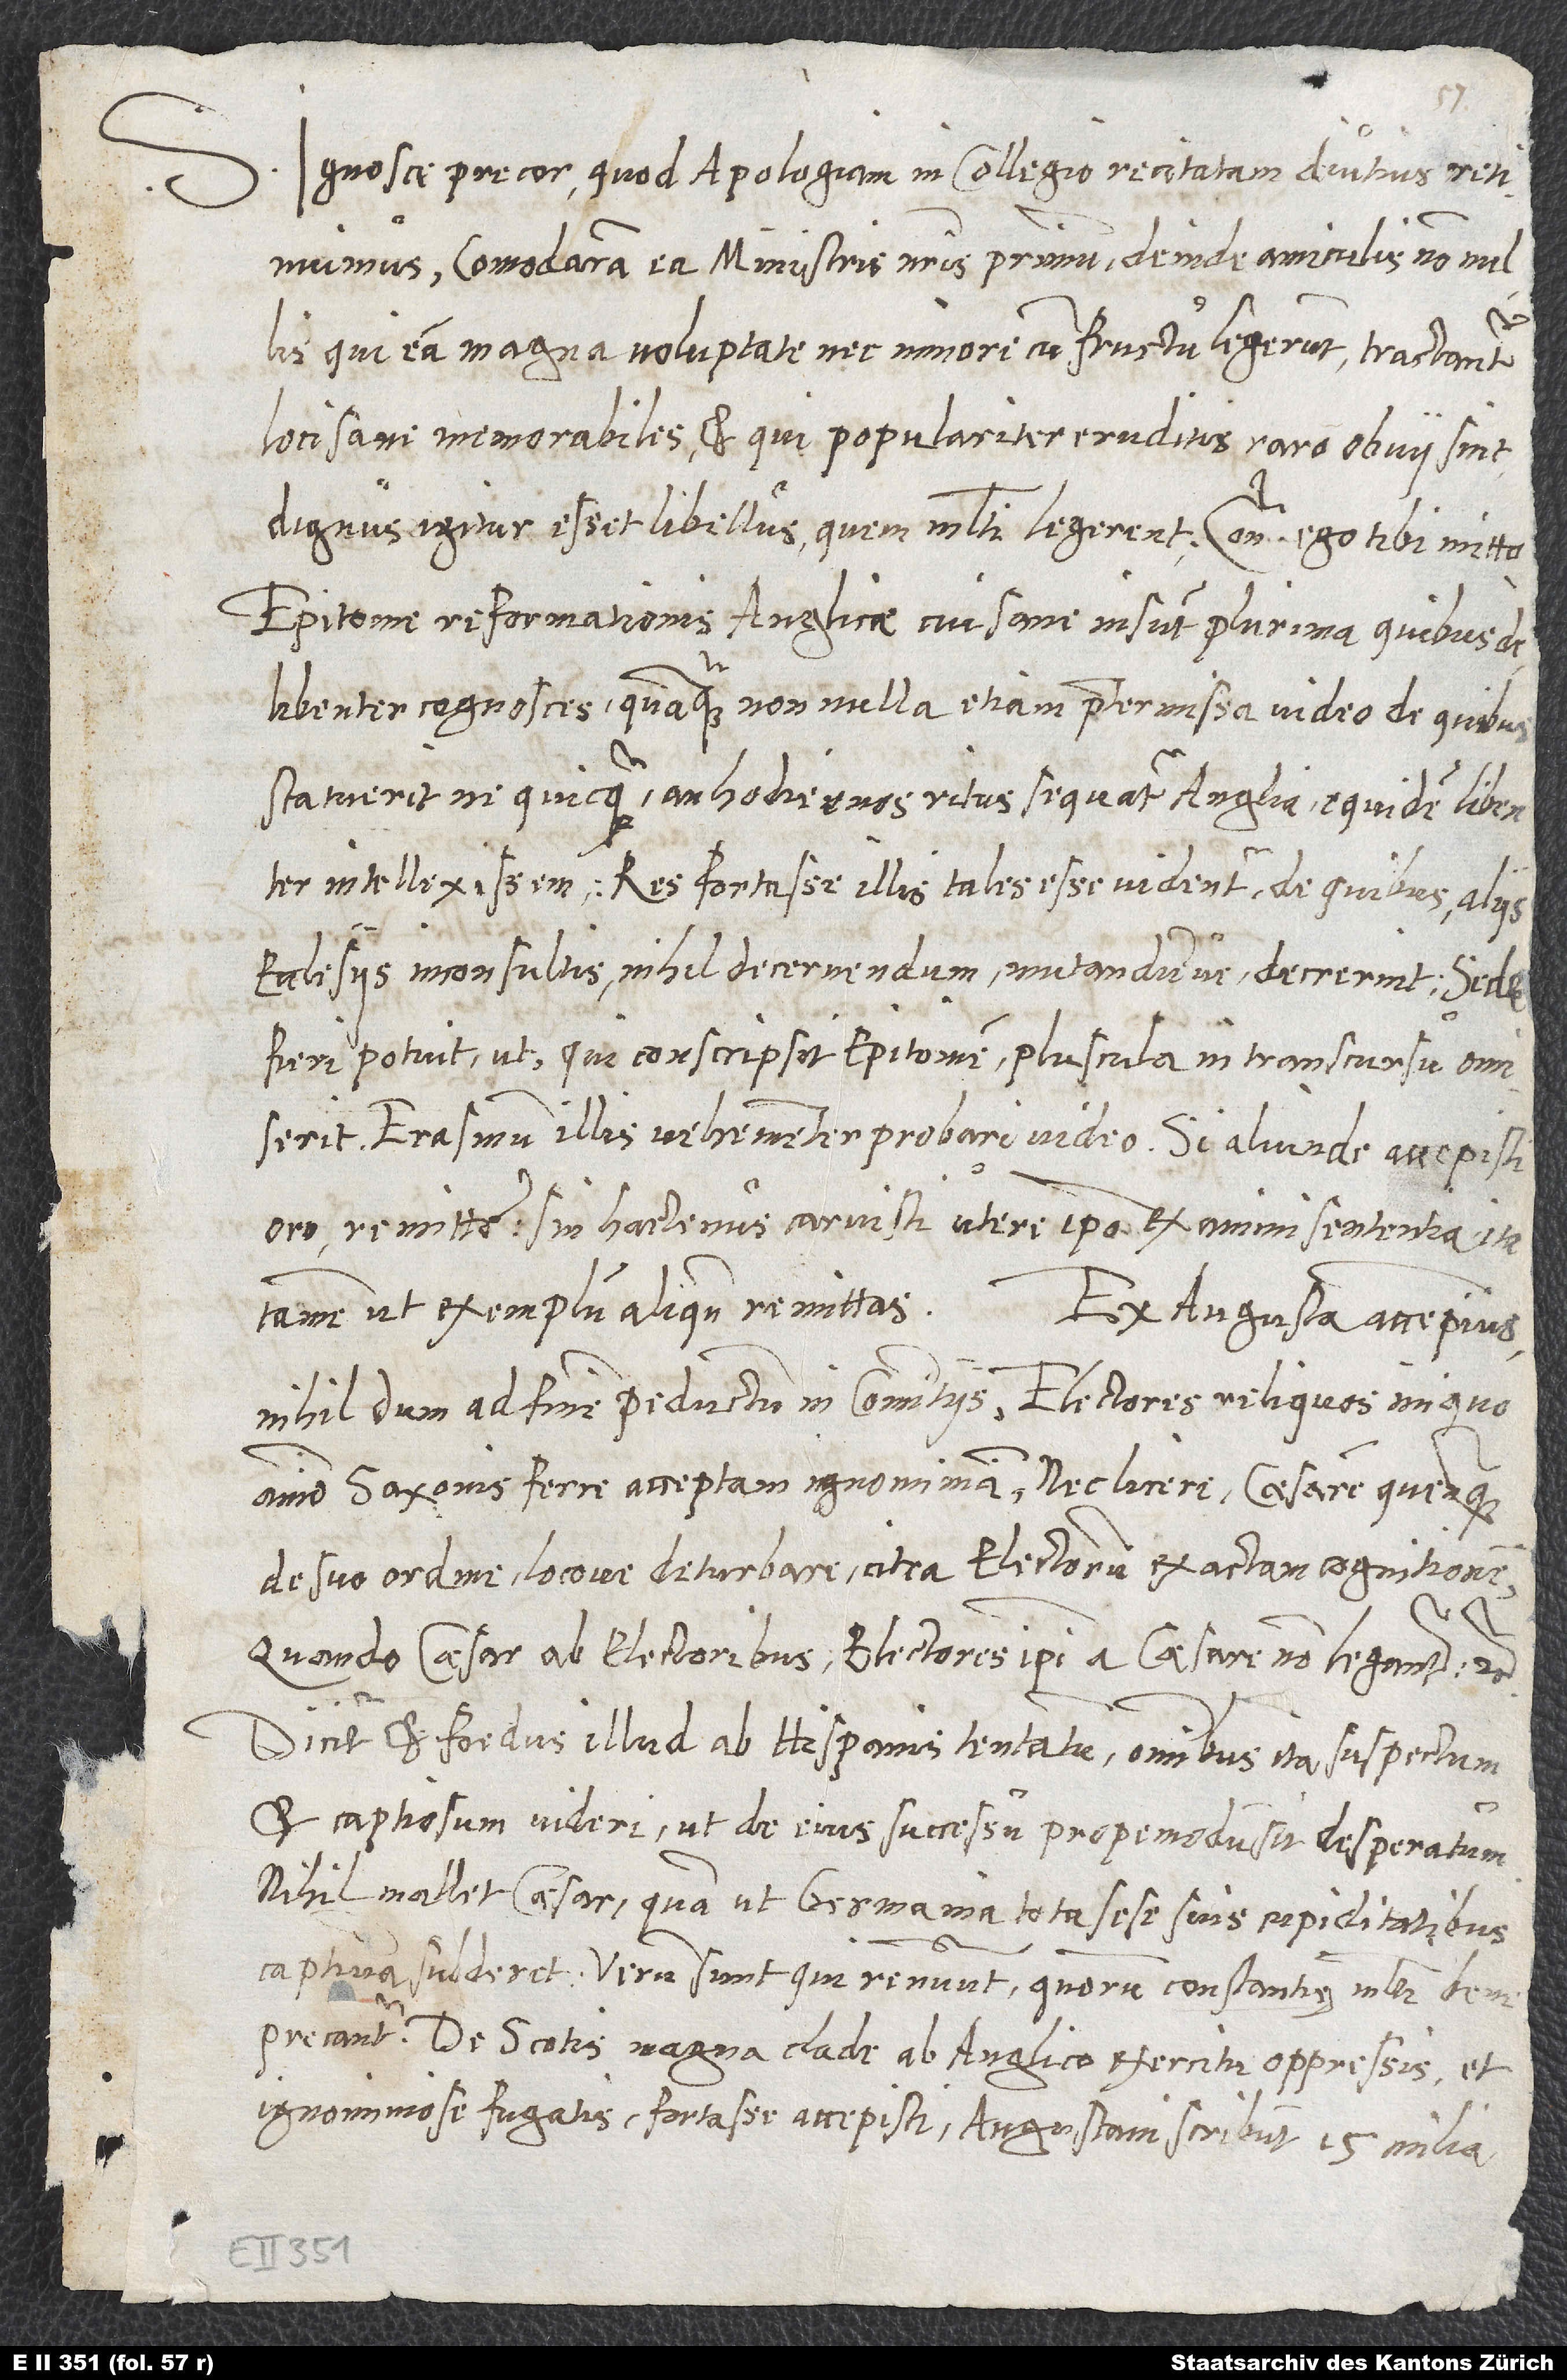
Ignosce, precor, quod Apologiam in collegio recitatam diutius retinuimus.
Comodaram eam ministris nostris primum, deinde amiculis nonnullis,
qui eam magna voluptate nec minori cum fructu legerunt. Tractantur
loci sane memorabiles et qui populariter eruditis raro obvii sint.
Epitome reformationis Anglicae, cui sane insunt plurima, quibus de
libenter cognosces, quamquam nonnulla etiam praetermissa video, de quibus:
Statueritne quicquam, an hodiernos ritus sequatur Anglia, equidem libenter
intellexissem. Res fortasse illis tales esse videntur, de quibus aliis
ecclesiis inconsultis nihil decernendum mutandumve decrerint. Sed
fieri potuit, ut, qui conscripsit Epitomen, pluscula in transcursu omiserit.
Erasmum illis vehementer probari video. Si aliunde accepisti,
oro, remitte. Sin hactenus caruisti, utere ipso ex animi sententia, ita
nihildum ad finem perductum in comitiis, electores reliquos iniquo
animo Saxonis ferre acceptam ignominiam, nec licere, caesarem quenquam
de suo ordine locove deturbare citra electorum exactam cognitionem,
quando caesar ab electoribus, electores ipsi a caesare non legantur, etc.
Dicitur et foedus illud ab Hispanis tentatum omnibus ita suspectum
et captiosum videri, ut de eius successu propemodum sit desperatum.
Nihil mallet caesar, quam ut Germania tota sese suis cupiditatibus
captiva subderet. Verum sunt, qui renuunt, quorum constantię multi bene
De Scotis magna clade ab Anglico exercitu oppressis et
ignominiose fugatis fortasse accepisti. Augustani scribunt 15 milia